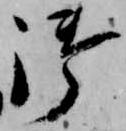
御